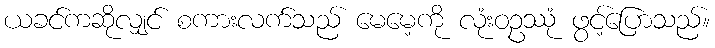
ယခင်ကဆိုလျှင် စကားလက်သည် မေမေ့ကို လုံးဝဥဿုံ ဖွင့်ပြောသည်။